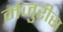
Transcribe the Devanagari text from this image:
मंजुरीस